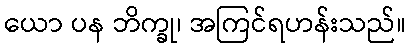
ယော ပန ဘိက္ခု၊ အကြင်ရဟန်းသည်။